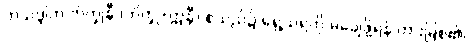
တုသဒ္ဒါက ဘိက္ခုနီ (ဘိက္ခု+ဣနီ) စသည်၌ ရှေ့သရကို မချေဖို့ရန် တားမြစ်၏၊